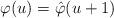
LaTeX: \begin{align*}\varphi(u)=\hat{\varphi}(u+1)\end{align*}